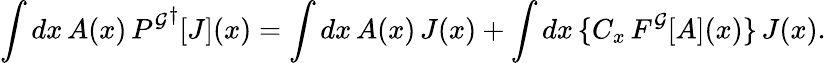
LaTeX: \int dx\, A(x)\, {P^{\cal G}}^{\dagger}[J](x)=\int dx\, A(x)\, J(x)+\int dx\, \{ C_{x}\, F^{\cal G}[A](x)\} \, J(x).